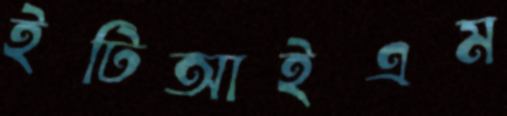
ইটিআইএম